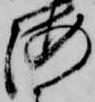
海